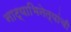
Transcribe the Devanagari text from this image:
नाट्याभिनेत्यांची